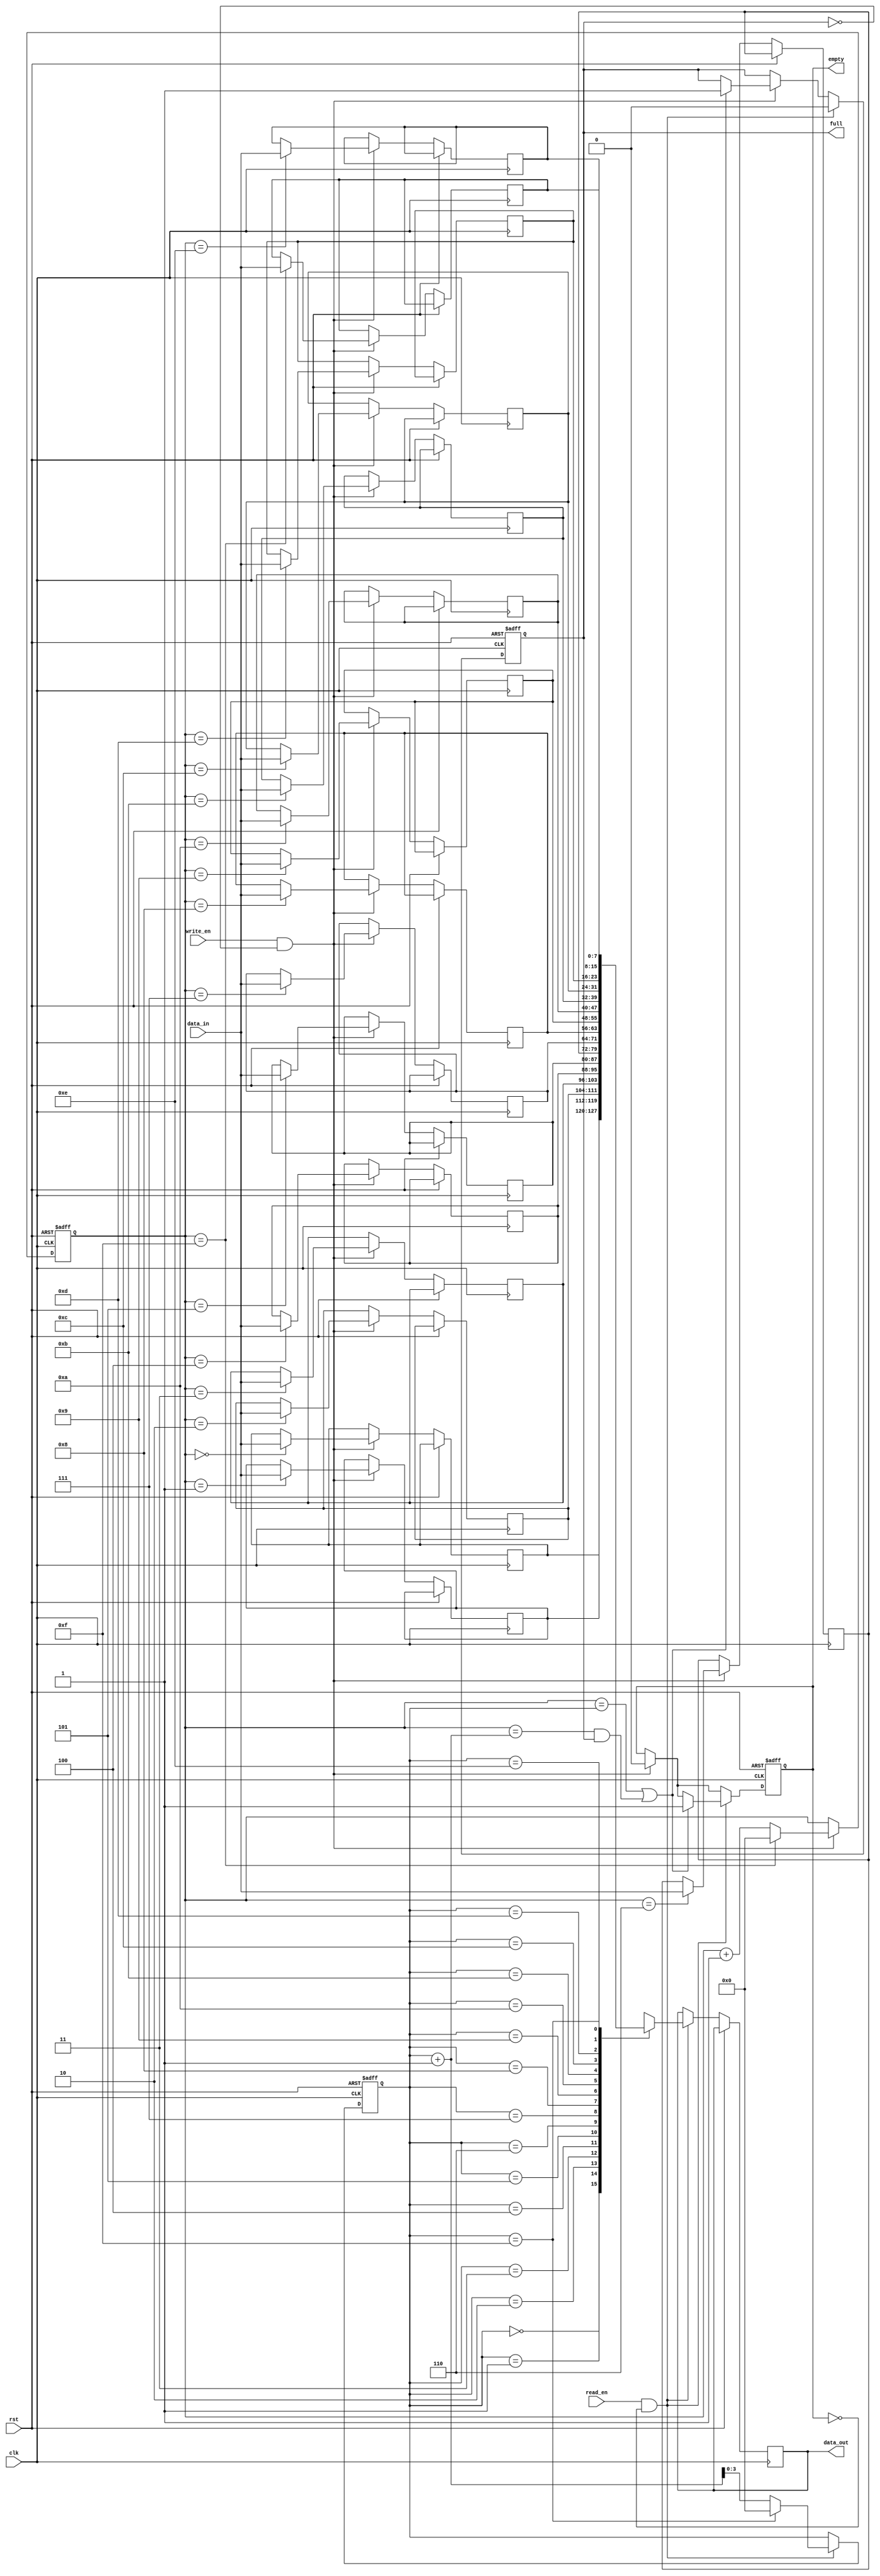
module gray_fifo (
    input wire clk,
    input wire rst,
    input wire write_en,
    input wire read_en,
    input wire [7:0] data_in,
    output reg [7:0] data_out,
    output reg full,
    output reg empty
);

reg [7:0] fifo [0:15];
reg [3:0] write_ptr;
reg [3:0] read_ptr;

always @ (posedge clk or posedge rst) begin
    if (rst) begin
        write_ptr <= 4'h0;
        read_ptr <= 4'h0;
        full <= 1'b0;
        empty <= 1'b1;
    end else begin
        if (write_en && !full) begin
            fifo[write_ptr] <= data_in;
            write_ptr <= write_ptr + 1;
            if(write_ptr == 4'hF)
                write_ptr <= 4'h0;
            if ((write_ptr == read_ptr) || ((write_ptr == read_ptr + 1) && full))
                full <= 1'b1;
            empty <= 1'b0;
        end
        
        if (read_en && !empty) begin
            data_out <= fifo[read_ptr];
            read_ptr <= read_ptr + 1;
            if(read_ptr == 4'hF)
                read_ptr <= 4'h0;
            if ((write_ptr == read_ptr) || ((write_ptr == read_ptr + 1) && full))
                empty <= 1'b1;
            full <= 1'b0;
        end
    end
end

endmodule